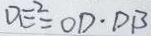
D E ^ { 2 } = O D \cdot D B